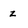
Character: z